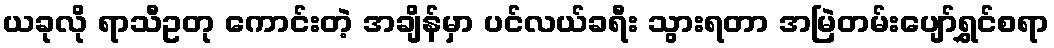
ယခုလို ရာသီဥတု ကောင်းတဲ့ အချိန်မှာ ပင်လယ်ခရီး သွားရတာ အမြဲတမ်းပျော်ရွှင်စရာ